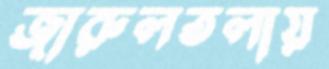
জারুলতলায়